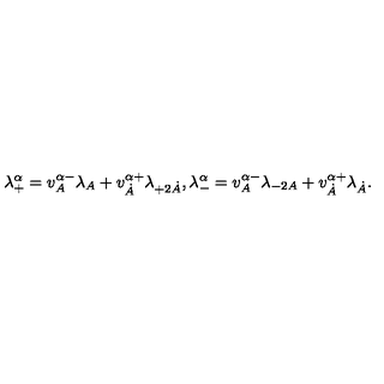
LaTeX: \lambda _ { + } ^ { \alpha } = v _ { A } ^ { \alpha - } \lambda _ { A } + v _ { \dot { A } } ^ { \alpha + } \lambda _ { + 2 \dot { A } } , \lambda _ { - } ^ { \alpha } = v _ { A } ^ { \alpha - } \lambda _ { - 2 A } + v _ { \dot { A } } ^ { \alpha + } \lambda _ { \dot { A } } .